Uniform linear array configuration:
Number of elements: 16
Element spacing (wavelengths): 0.25
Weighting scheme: exponential
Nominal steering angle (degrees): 0
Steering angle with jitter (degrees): -1.75
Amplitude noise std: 0.05
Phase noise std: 0.05

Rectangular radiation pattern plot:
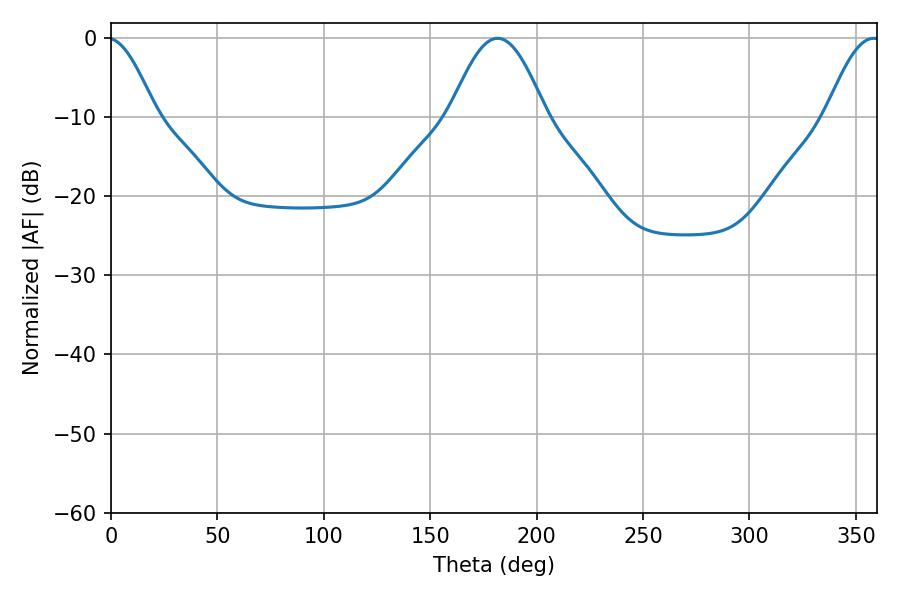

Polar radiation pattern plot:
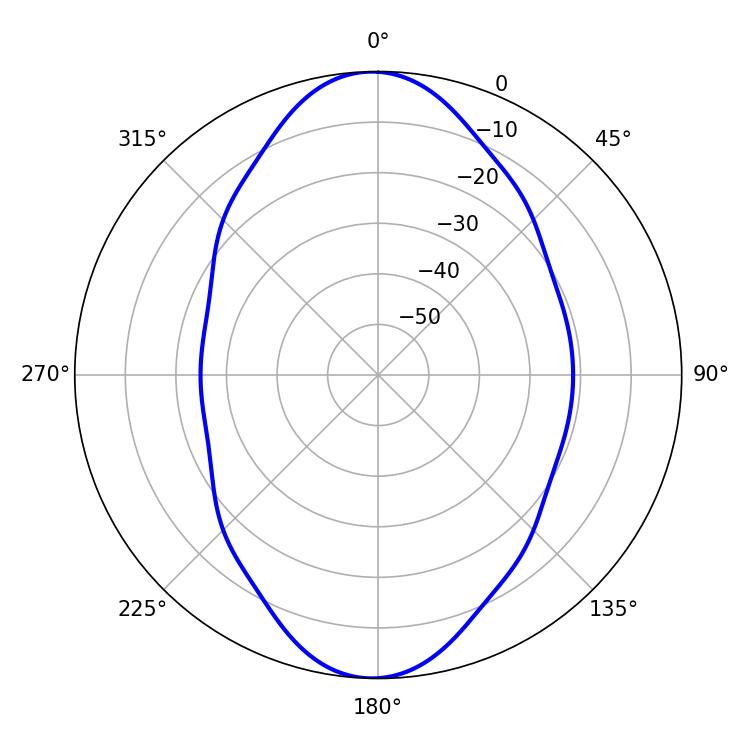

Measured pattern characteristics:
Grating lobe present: FALSE
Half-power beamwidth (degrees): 24.12
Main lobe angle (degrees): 181.62